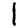
Digit: 1